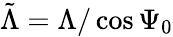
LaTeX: \tilde{\Lambda}=\Lambda/\cos\Psi_{0}